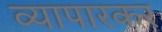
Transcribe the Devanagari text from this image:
व्यापारकर